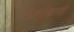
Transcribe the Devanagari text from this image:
गोलंदाजालाही